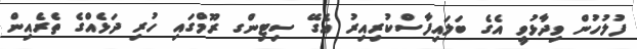
ފުލުހުން ވިދާޅުވީ އެގެ ބަލައިފާސްކުރިއިރު އެގޭ ސިޓިންގ ރޫމްގައި ހުރި ދަޅެއްގެ ތެރެއިން